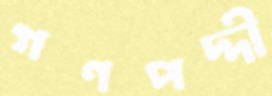
গণপদ্দী